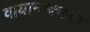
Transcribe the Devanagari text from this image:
वायानाक्कावु